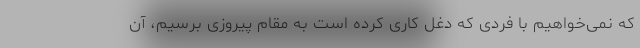
که نمی‌خواهیم با فردی که دغل کاری کرده است به مقام پیروزی برسیم، آن